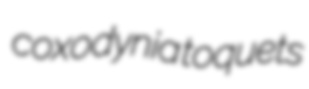
coxodynia toquets